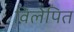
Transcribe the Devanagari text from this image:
विलेपित